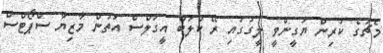
މެޗުގެ ކުރިން ޔަގީންވީ ލީގުގައި ރޭ ކްލަބް އީގަލްސް އަތުން މާޒިޔާ ސްޕޯޓްސް